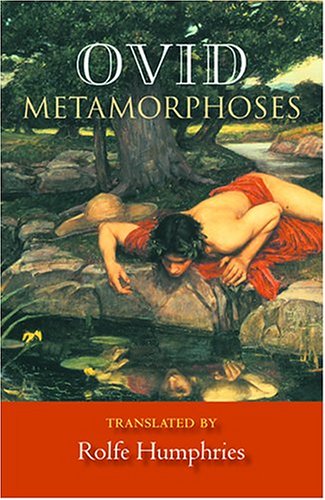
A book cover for Metamorphoses; Ovid; Literature & Fiction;